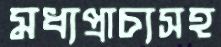
মধ্যপ্রাচ্যসহ